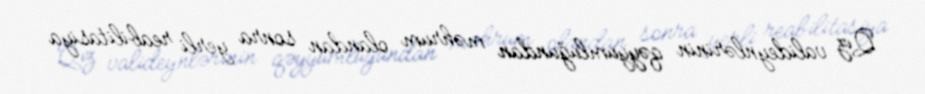
Qız valideynlərinin qəyyumluğundan məhrum olandan sonra yerli reabilitasiya